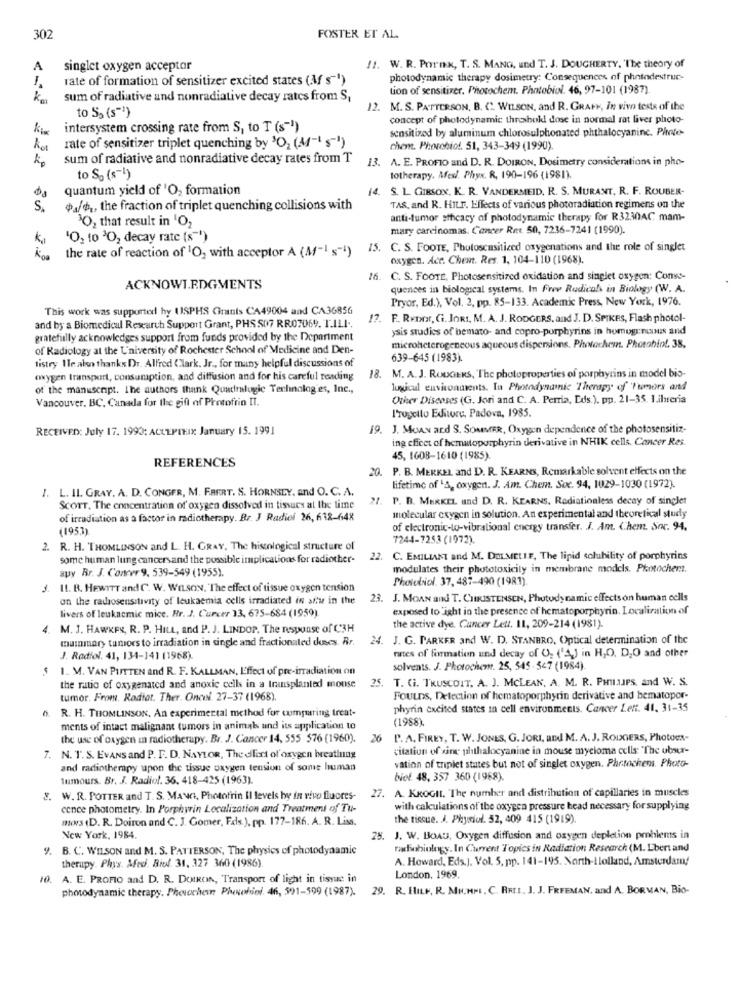
302
FOSTER ET AL.
A
singlet oxygen acceptor
11. W. R. Pornx, T. S. MANGA, und T. J. DOUGHERTY, 'The theory of
rate of formation of sensitizer excited states (M s"")
photodynamic therapy dosimetry: Consequences of photodestrue-
tion of sensitizer. Photochem. Photobiol. 46, 97-101 (1987).
km
sum of radiative and nonradiative decay rates from S,
12. M. S. PATTERSON, B. C. WILSON, and R. GRAPH, In vivo tests of the
to 53 (s"')
concept of photodynamic threshold dose in normal rat liver photo-
ki
intersystem crossing rate from S, to T (s-1)
sensitized by aluminum chlorosulphonated phthalocyanine. Phete-
kos
rate of sensitizer triplet quenching by 3O, (4-1 s-1)
chent. Phocchiol. 51, 343-349 (1990)
sum of radiative and nonradiative decay rates from T
13. A. E. PROFIO and D. R. DOIRON, Dosimetry considerations in pho-
to So (s -! )
lotherapy. Afexl. Phyx. R. 190-196 (1981).
quantum yield of 'O, formation
14. S. L. GIBSON. K. R. VANDERMEID. R. S. MURANT. R. F. ROUBER-
S.
a/o ., the fraction of triplet quenching collisions with
TAS, and R. HILE. Effects of various photoradiation regimens on the
anti-tumor stficacy of photodynamic therapy for R3230AC mam-
30, that result in 'O2
mary carcinomas. Cancer Ret 50, 7236-7241 (1990).
kg
'O2 to 3O, decay rate (s"*)
the rate of reaction of 1O, with acceptor A (Af-1 -1) 15. C. S. FOOTE, Photosensitized oxygenations and the role of singlet
oxygen. Ace. Chest. Res. 1, 104-110 (1968).
16. C. S. FOOTE, Photosensitized oxidation and singlet oxygen: Conse-
ACKNOWLEDGMENTS
quences in biological systems. In Free Radicals in Biology (W. A.
Pryor, Ed.), Vol. 2, pp. 85-133. Academic Press, New York, 1976.
This work was supported hy USPHS Grants CA49004 and CA36856
and by a Biomedical Research Support Grant, PHS S07 RR07069. T.ILI ..
17. F. Rvor, Gi. JORI, M. A. J. RODGERS. and J. D. SPIKES, Flash photol-
ysis studies of bemato- and copro-porphyrins in homogenisuis and
gratefully acknowledges support from funds provided by the Department
of Radiology at the University of Rochester School of Medicine and Den-
microheterogeneous aqueous dispersions. Photochem. Photobiol. 38,
639-645 (1983)
tistry Ile also thanks Dr. Alfred Clark. Jr ., for many helpful discussions of
oxygen transport, consumption, and diffusion and for his careful reading
18. M. A. J. RODGERS, The photoproperties of porphyrins in model bio-
of the manuscript. The authors thank Quadralogic Technologies, Inc .,
lugucad environments. Io Photodynamic Therapy of 'Tumors and
Vancouver, BC, Canada for the gift of Protofrin II.
Other Diseases (G. Jori and C. A. Perria, Eds.). pp. 21-35. Libreria
I'rogelto Editore, Padova, 1985.
RECEIVED: July 17. 1993: ACCEPIX January 15. 1991
19. J. MOAN and S. SOMMER, Oxygen dependence of the photosensitiz-
ing effect of hemutoporphyrin derivative in NHIK cells. Cancer Res.
REFERENCES
45, 1608-1610 (1985).
20. P. B. MERKEL and D. R. KEARNS, Remarkable solvent effects on the
lifetime of 'A, oxygen. J. Am. Chem. Soc. 94, 1029-1030 (1972).
1. L. II. GRAY. A. D. CONGER, M. FAERT. S. HORNSLY, and O. C. A.
. P. B. MERKEL und D. R. KEARNS, Radiationless decay of singlet
SCOTT, The concentration of oxygen dissolved in tissues at the time
molecular oxygen in solution. An experimental and theoretical study
of irradiation as a factor in radiotherapy. Br. J Radiof 26, 632-648
(1953)
of electronic-to-vibrational energy transfer. J. Am. Chem. Soc. 94.
7244-7253 (1972).
2. R. H. THOMLINSON and L. H. GRAY, The histological structure of
some human lung cancersand the possible implications for radiother-
22. C. EMILIANI and M. DELMELLE, The lipid solubility of porphyrins
modulates their phototoxicity in membrane models. Photochent.
auy Br. J. Concer 9, 539-549 (1955).
Photobiol. 37, 487-490 (1983).
IL. B. HEWITT and C. W. WILSON. The effect of tissue oxygen tension
on the radiosensitivity of leukaemia cells irradiated in a/w in the
23. J. MoAN and T. CHRISTENSEN, Photodynamic effects on human cells
livers of leukacmic mice. Hr. J. Curcer 13, 675-684 (1959).
exposed to ight in the presence of hematoporphyrin. Localization of
4. M. J. HAWKES, R. P. HILL, and P. J. LINDOP. The response of C3H
the active dye. Cancer Lett. 11, 209-214 (1981).
mammary tumors to irradiation in single and fractionaled duses. Rr.
24. J. G. PARKER and W. D. STANBRO, Optical determination of the
rates of formation und decay of Us ('A2) in H,O. D,O and other
J. Radiol. 41, 134-141 (1968).
1. M. VAN PUTTEN and R. F. KALLMAN, Effect of pre-irradiation on
solvents. J. Photochem. 25, 545 - 547 (1984).
25.
T. G. TRUSCOTT, A. J. MCLEAN, A. M. R. PHmaurs, and W. S.
the ratio of oxygenated and anoxic cells in a transplanted mouse
tumor. From. Radiat. Ther. Oncei. 27-37 (1968).
FouLDS, Detection of hematoporphyrin derivative and hematopor-
R. H. THOMLINSON, An experimental method for comparing treat-
phyrin excited states in cell environments. Cancer Lett. 41, 31-35
(1988)
ments of intact malignant tumors in animals and its application to
the use of oxygen in radiotherapy. Br. J. Cancer 14, 555 576 (1960).
26
P. A. FIREY, T. W. JONES, G. JORI, and M. A. J. RODGERS, Photoex-
citation of sing phthalocyanine in mouse myeloma cells: "The uber-
7. N. I. S. EVANS and P. F. D. NAYLOR, The effect of oxygen breathing
vation of triplet states but not of singlet oxygen. Phrtochems. Photo-
and radiotherapy upon the tissue oxygen tension of some human
Tumours. Br. J. Radiol. 36. 418-425 (1963).
biof. 48, 357 360 (1968).
S. W. R. POTTER and T. S. MANG, Phototrin Il levels hy in vivo fluores- 27. A. KROGIt. The number and distribution of capillaries in muscles
cence photometry. In Porphyin Localization and Treatment of Tu-
with calculations of the oxygen pressure head necessary for supplying
mors (D. R. Doiron and C. J. Gomer, Eds.). pp. 177-186. A. R. Liss.
the tissue. J. Physiol. 52, 409 415 (1919).
New York, 1984.
25. J. W. BOAG, Oxygen diffusion and oxygen depletion pmblems in
9. B. C. WILSON and M. S. PATTERSON, The physics of photodynamic
radiobiology. In Current Topics in Radiation Research (M. Lbert and
A. Howard, Eds.). Vol. 5, pp. 141-195. North-Ilolland, Amsterdam!
therapy. Phys. Med. Biol. 31. 327 360 (1986)
10. A. E. PROPIO and D. R. DOIRON, Transport of light in tissue in
London. 1969.
photodynamic therapy. Phevochemn Pheohioi. 46, 591-599 (1987).
29. R. EILF. R. MN.HMI, C. RREI, J. J. FREEMAN, and A. BORMAN, Bio-